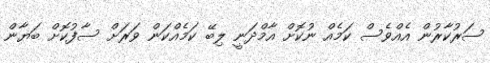
ސަރުކާރުން އެއްވެސް ކަމެއް ނުކޮށް އާމްދަނީ ލިބޭ ކަމެއްކަން ވަރަށް ސާފުކޮށް ބަޔާން